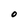
Character: O